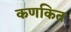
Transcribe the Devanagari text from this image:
कणकित